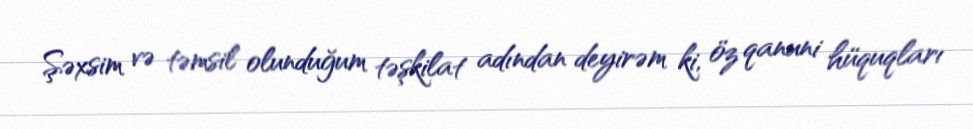
Şəxsim və təmsil olunduğum təşkilat adından deyirəm ki, öz qanuni hüquqları